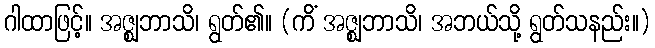
ဂါထာဖြင့်။ အဇ္ဈဘာသိ၊ ရွတ်၏။ (ကိံ အဇ္ဈဘာသိ၊ အဘယ်သို့ ရွတ်သနည်း။)